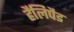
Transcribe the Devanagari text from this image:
हैलिपैड